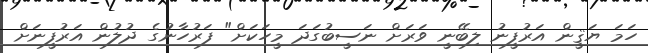
ހަމަ ޔަޤީން އަރުފީނު ލިބޭނީ ވަރަށް ނަސީބުގަދަ މީހަކަށް" ފަރުހާނުގެ ދުލުން އަރުފީނަށް